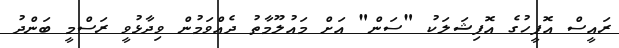
ރައީސް އޮފީހުގެ އޮފިޝަލަކު "ސަން" އަށް މައުލޫމާތު ދެއްވަމުން ވިދާޅުވީ ރަސްމީ ބަންދު